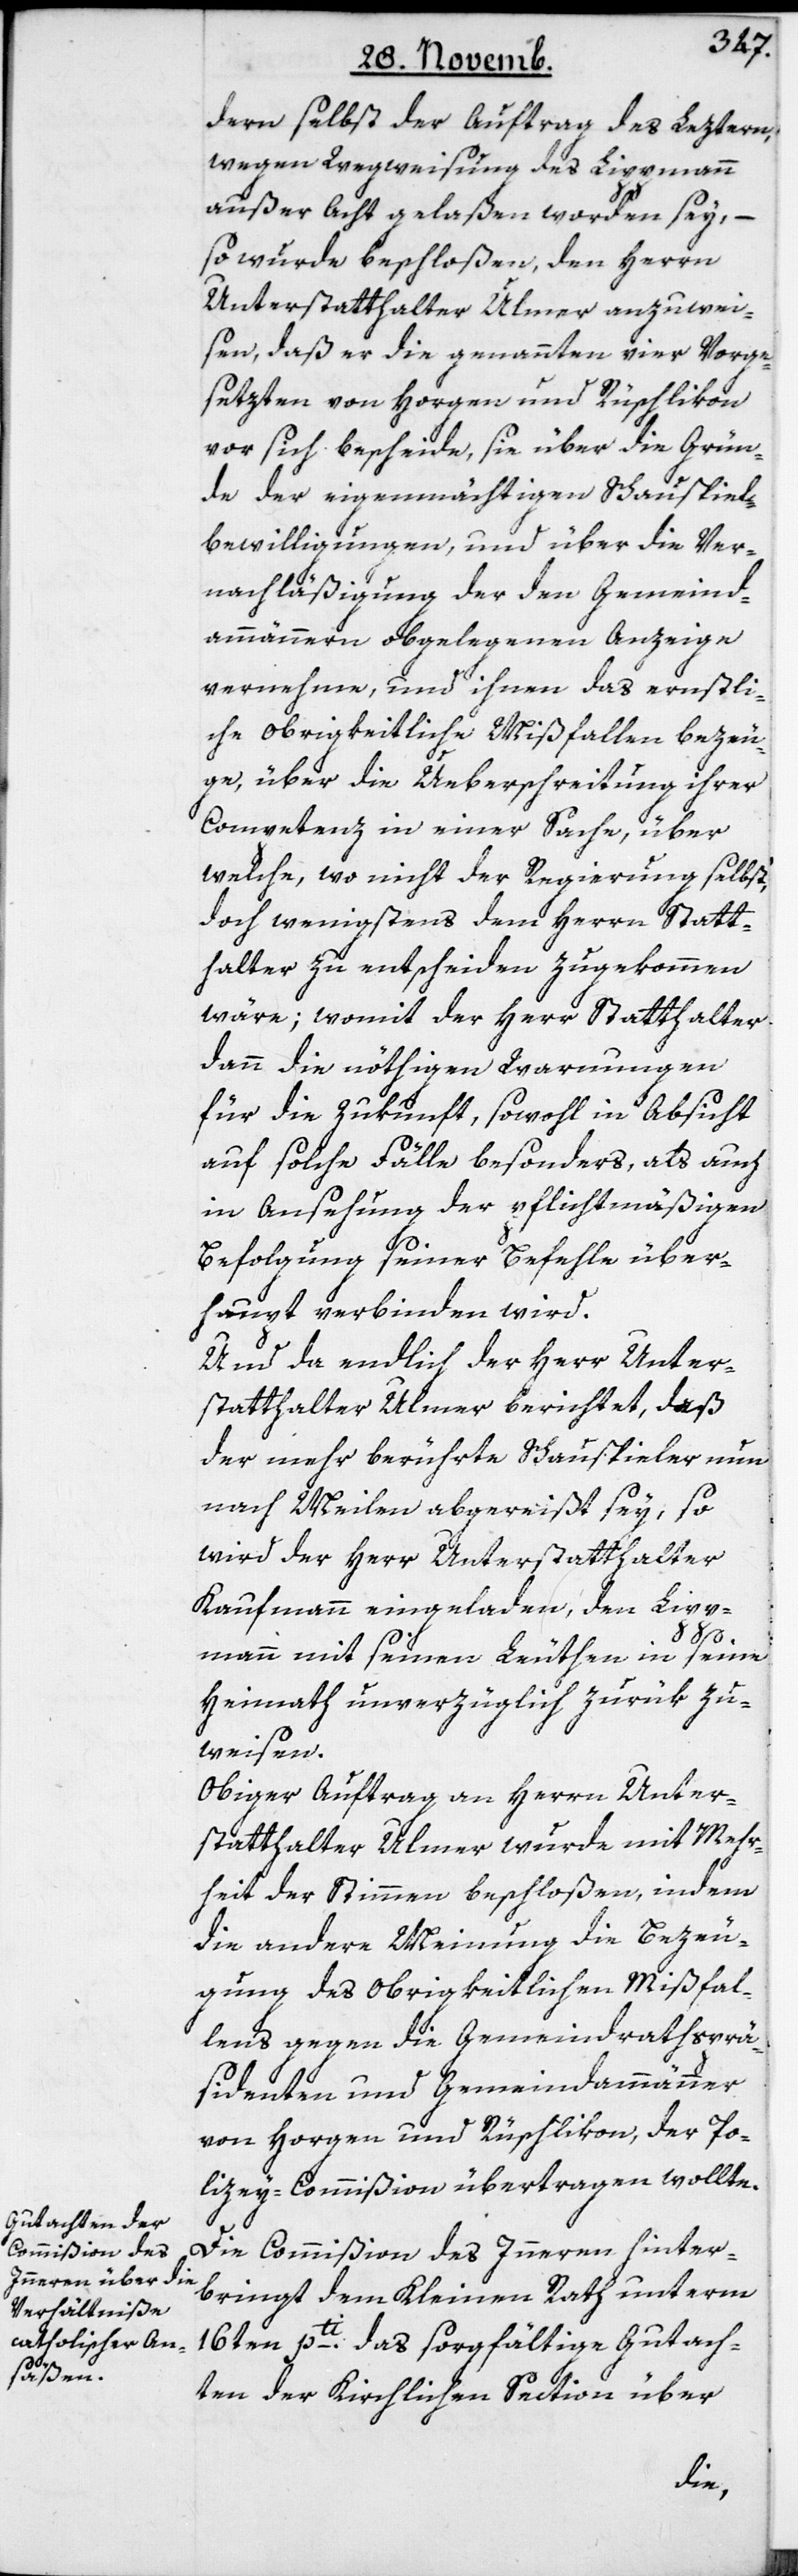
dern selbst der Auftrag des Letztern,
wegen Wegweisung des Lippmann
außer Acht gelaßen worden sey, –
so wurde beschloßen, den Herrn
Unterstatthalter Ulmer anzuwei¬
sen, daß er die genannten vier Vorge¬
setzten von Horgen und Rüschlikon
vor sich bescheide, sie über die Grün¬
de der eigenmächtigen Schauspiel¬
bewilligungen und über die Ver¬
nachläßigung der den Gemeind¬
ammännern obgelegenen Anzeige
vernehme, und ihnen das ernstli¬
che obrigkeitliche Mißfallen bezeu¬
ge, über die Ueberschreitung ihrer
Competenz in einer Sache, über
welche, wo nicht der Regierung selbst,
doch wenigstens dem Herrn Statt¬
halter zu entscheiden zugekommen
wäre; womit der Herr Statthalter
dann die nöthigen Warnungen
für die Zukunft, sowohl in Absicht
auf solche Fälle besonders, als auch
in Ansehung der pflichtmäßigen
Befolgung seiner Befehle über¬
haupt verbinden wird.
Und da endlich der Herr Unter¬
statthalter Ulmer berichtet, daß
der mehr berührte Schauspieler nun
nach Meilen abgereißt sey, so
wird der Herr Unterstatthalter
Kaufmann eingeladen, den Lipp¬
mann mit seinen Leuthen in seine
Heimath unverzüglich zurük zu¬
weisen.
Obiger Auftrag an Herrn Unter¬
statthalter Ulmer wurde mit Mehr¬
heit der Stimmen beschloßen, indem
die andere Meinung die Bezeu¬
gung des Obrigkeitlichen Mißfal¬
lens gegen die Gemeindrathsprä¬
sidenten und Gemeindammänner
von Horgen und Rüschlikon, der Po¬
lizey-Commißion übertragen wollte.
Die Commißion des Innern hinter¬
bringt dem Kleinen Rath unterm
16ten pti. das sorgfältige Gutach¬
ten der Kirchlichen Section über